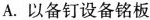
A.以备钉设备铭板